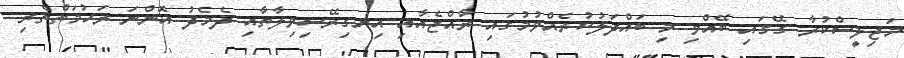
މަޖިލީސްކުރާ ގޭގައި ބޭއްވި މި ބައްދަލުކުރެއްވުމުގައި ރާއްޖެއާއި އިނގިރޭސިވިލާތާއި ދެމެދު އޮންނަ ރަހުމަތްތެރި